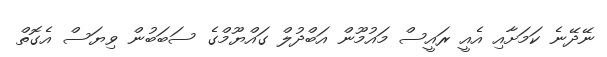
ނޭދޭނެ ކަމަށާއި އެއީ ރައީސް މައުމޫން އަބްދުލް ގައްޔޫމްގެ ސަބަބުން ވިޔަސް އެގޮތް